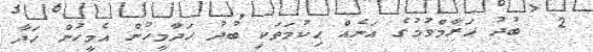
2  ބުދު ޙަރާމްވުމުގެ އަނެއް ޙިކުމަތަކީ ބުދު ހަދާމީހުން އެމީހުން ހަދާ